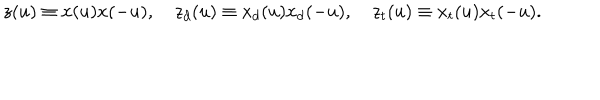
z ( u ) \equiv x ( u ) x ( - u ) , \quad z _ { d } ( u ) \equiv x _ { d } ( u ) x _ { d } ( - u ) , \quad z _ { t } ( u ) \equiv x _ { t } ( u ) x _ { t } ( - u ) .